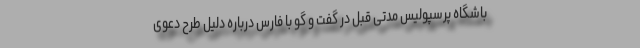
باشگاه پرسپولیس مدتی قبل در گفت و گو با فارس درباره دلیل طرح دعوی